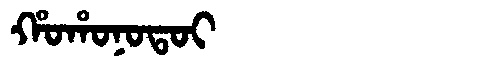
Manchu: ᡥᠣᡥᠣᠨᠣᡨᠣᡳ
Romanization: HOHONOTOI